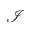
\mathcal { I }